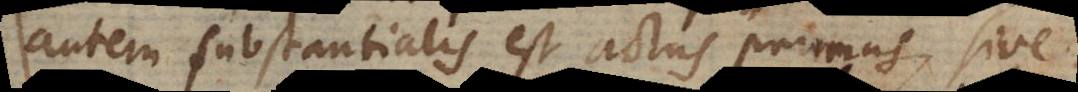
autem substantialis est actus primus, sive